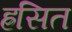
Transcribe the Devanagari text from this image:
ह्रसित